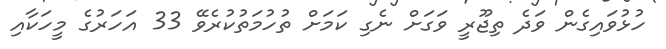
ހުޅުވައިގެން ވަދެ ތިޖޫރީ ވަގަށް ނެގި ކަމަށް ތުހުމަތުކުރެވޭ 33 އަހަރުގެ މީހަކާއި